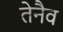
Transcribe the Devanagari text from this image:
तेनैव